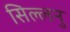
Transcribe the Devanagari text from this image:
सिल्लनु